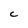
Character: c